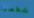
شخصيا